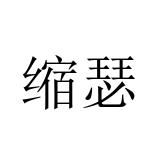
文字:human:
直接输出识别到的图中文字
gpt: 缩瑟